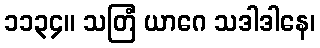
၁၁၃၄။ သတြံ ယာဂေ သဒါဒါနေ၊